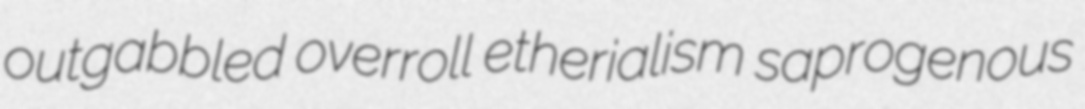
outgabbled overroll etherialism saprogenous